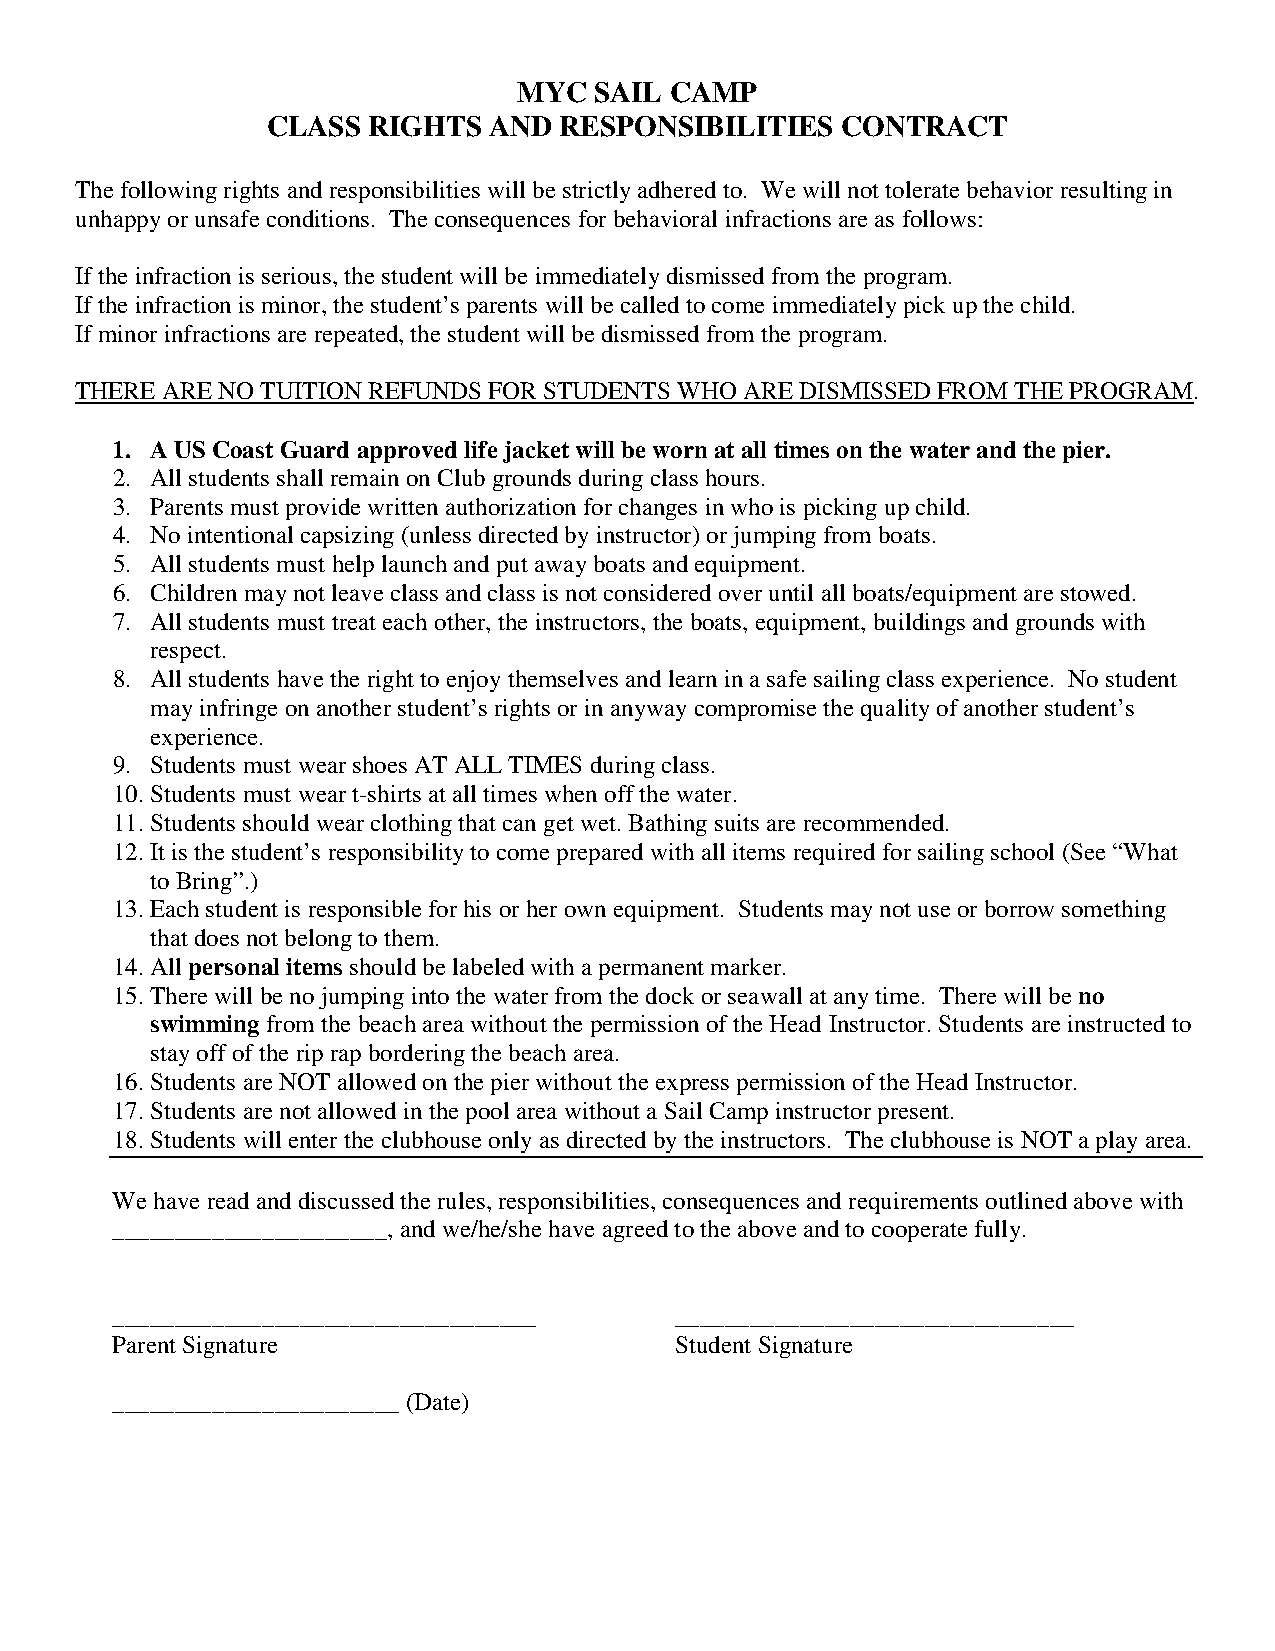
MYC  SAIL CAMP
 CLASS RIGHTS  AND  RESPONSIBILITIES   CONTRACT
 The following rights and responsibilities will be strictly adhered to. We will not tolerate behavior resulting in
 unhappy or unsafe conditions. The consequences for behavioral infractions are as follows:
 If the infraction is serious, the student will be immediately dismissed from the program.
 If the infraction is minor, the student’s parents will be called to come immediately pick up the child.
 If minor infractions are repeated, the student will be dismissed from the program.
 THERE ARE NO TUITION REFUNDS FOR STUDENTS WHO ARE DISMISSED FROM THE PROGRAM.
 1. A US Coast Guard approved life jacket will be worn at all times on the water and the pier.
 2. All students shall remain on Club grounds during class hours.
 3. Parents must provide written authorization for changes in who is picking up child.
 4. No intentional capsizing (unless directed by instructor) or jumping from boats.
 5. All students must help launch and put away boats and equipment.
 6. Children may not leave class and class is not considered over until all boats/equipment are stowed.
 7. All students must treat each other, the instructors, the boats, equipment, buildings and grounds with
 respect.
 8. All students have the right to enjoy themselves and learn in a safe sailing class experience. No student
 may infringe on another student’s rights or in anyway compromise the quality of another student’s
 experience.
 9. Students must wear shoes AT ALL TIMES during class.
 10. Students must wear t-shirts at all times when off the water.
 11. Students should wear clothing that can get wet. Bathing suits are recommended.
 12. It is the student’s responsibility to come prepared with all items required for sailing school (See “What
 to Bring”.)
 13. Each student is responsible for his or her own equipment. Students may not use or borrow something
 that does not belong to them.
 14. All personal items should be labeled with a permanent marker.
 15. There will be no jumping into the water from the dock or seawall at any time. There will be no
 swimming from the beach area without the permission of the Head Instructor. Students are instructed to
 stay off of the rip rap bordering the beach area.
 16. Students are NOT allowed on the pier without the express permission of the Head Instructor.
 17. Students are not allowed in the pool area without a Sail Camp instructor present.
 18. Students will enter the clubhouse only as directed by the instructors. The clubhouse is NOT a play area.
 We have read and discussed the rules, responsibilities, consequences and requirements outlined above with
 ______________________, and we/he/she have agreed to the above and to cooperate fully.
 __________________________________    ________________________________
 Parent Signature                      Student Signature
 _______________________ (Date)